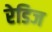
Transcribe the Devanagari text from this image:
रेडिज